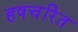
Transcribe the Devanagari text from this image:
हषचरित